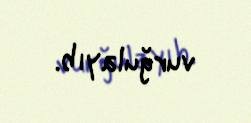
vurğulayıb.